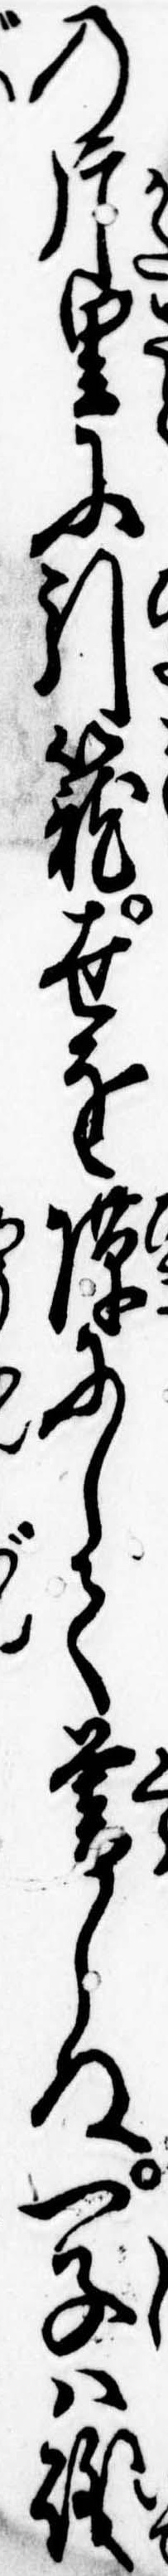
の片里に引篭世を隙にして暮しぬ一子は磯